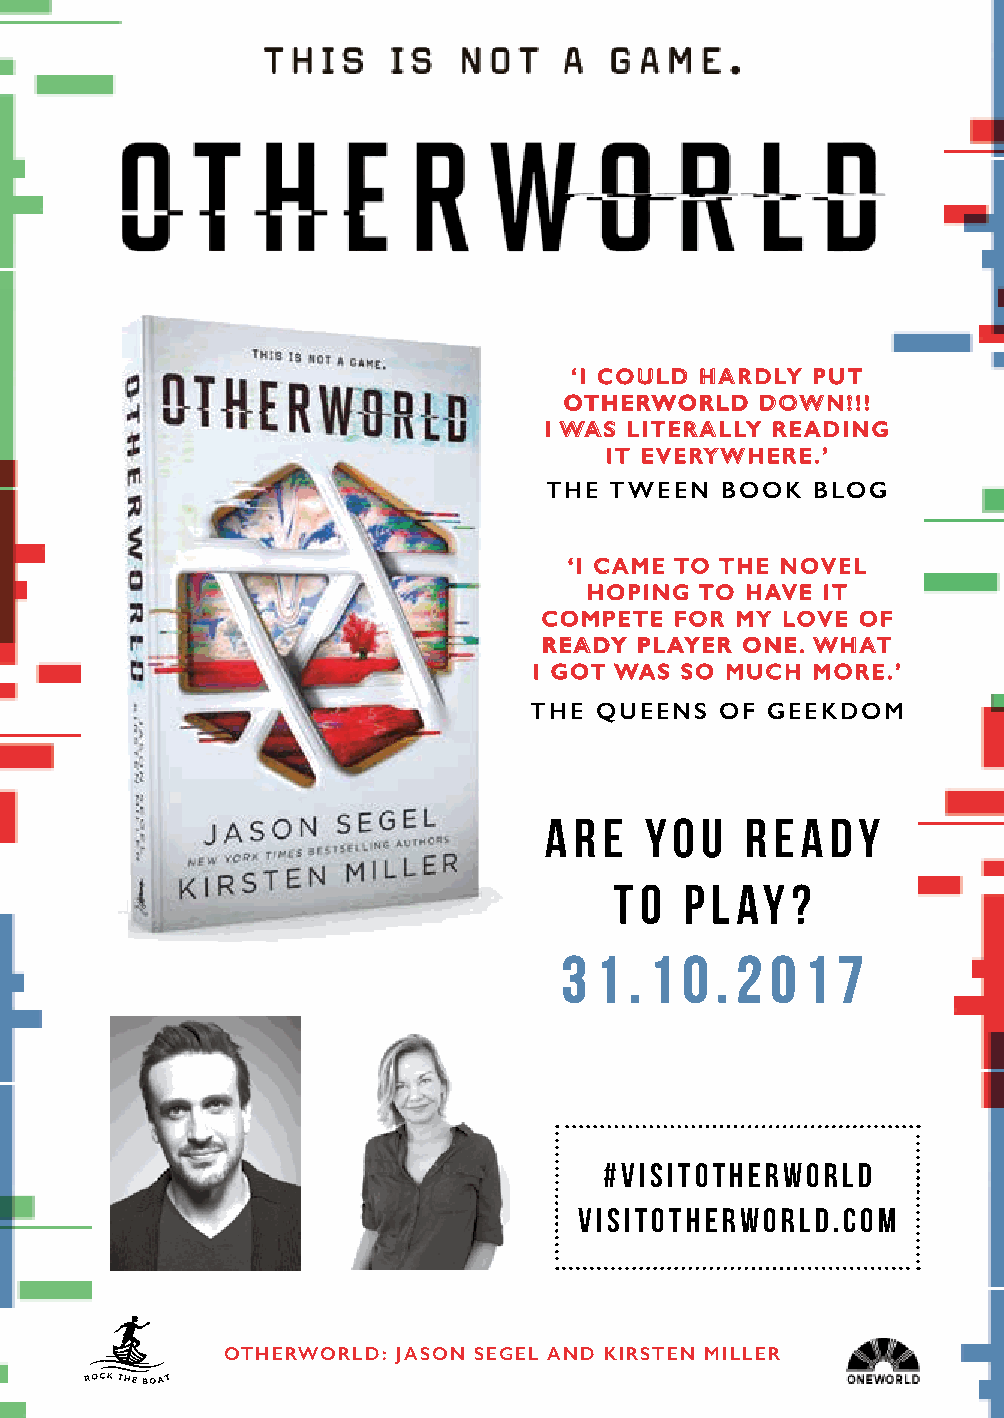
‘I COULD HARDLY PUT
 OTHERWORLD   DOWN!!!
 I WAS LITERALLY READING
 IT EVERYWHERE.’
 THE TWEEN   BOOK  BLOG
 ‘I CAME TO THE NOVEL
 HOPING TO HAVE IT
 COMPETE  FOR MY LOVE OF
 READY PLAYER ONE. WHAT
 I GOT WAS SO MUCH  MORE.’
 THE QUEENS   OF GEEKDOM
 A r e  yo u  r e a dy
 t o p l ay ?
 3 1  . 1 0 . 2 0 1 7
 #visitotherworld
 visitotherworld.com
 OTHERWORLD: JASON SEGEL AND KIRSTEN MILLER